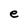
Character: e